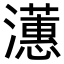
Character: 𪷺